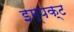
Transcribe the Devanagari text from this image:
इम्पक्ट